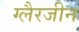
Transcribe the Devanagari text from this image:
ग्लैरजीन